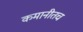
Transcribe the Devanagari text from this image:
कमानीतच